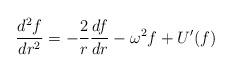
LaTeX: \begin{align*}\frac{d^{2}f}{dr^{2}}=-\frac{2}{r}\frac{df}{dr}-\omega^{2}f+U^{\prime }(f) \end{align*}